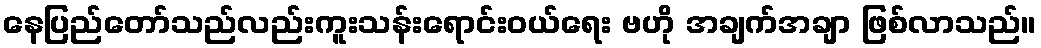
နေပြည်တော်သည်လည်းကူးသန်းရောင်းဝယ်ရေး ဗဟို အချက်အချာ ဖြစ်လာသည်။